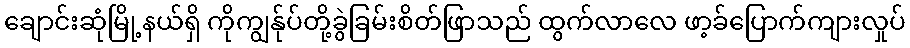
ချောင်းဆုံမြို့နယ်ရှိ ကိုကျွန်ုပ်တို့ခွဲခြမ်းစိတ်ဖြာသည် ထွက်လာလေ ဖာ့ခ်ပြောက်ကျားလှုပ်